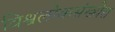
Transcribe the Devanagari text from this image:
विश्वलोकसंख्येत